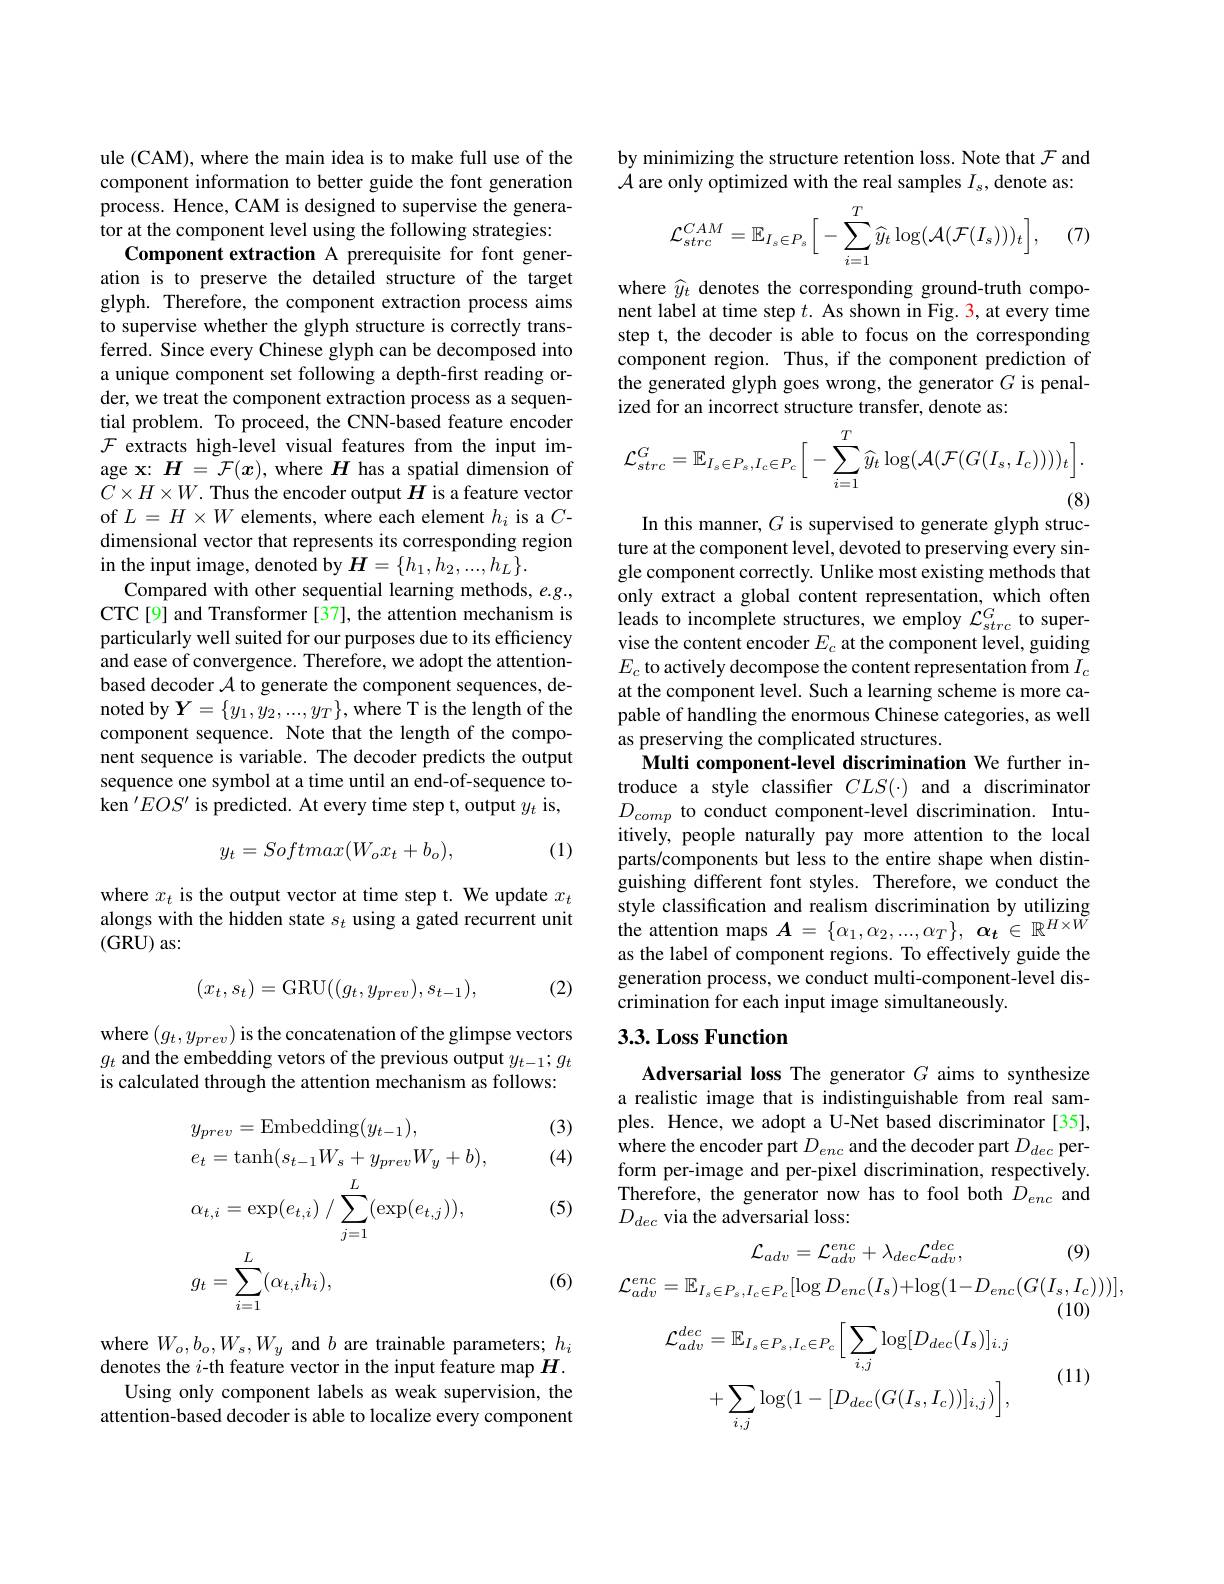
ule (CAM), where the main idea is to make full use of the component information to better guide the font generation process. Hence, CAM is designed to supervise the generator at the component level using the following strategies:
Component extraction A prerequisite for font generation is to preserve the detailed structure of the target glyph. Therefore, the component extraction process aims to supervise whether the glyph structure is correctly transferred. Since every Chinese glyph can be decomposed into a unique component set following a depth-first reading order, we treat the component extraction process as a sequential problem. To proceed, the CNN-based feature encoder $\mathcal{F}$ extracts high-level visual features from the input image x: $H=\tilde{\mathcal{F}}(x)$, where $H$ has a spatial dimension of $C\times H\times W.$ Thus the encoder output $H$ is a feature vector of $L=H\times W$ elements, where each element $h_i$ is a $C$- dimensional vector that represents its corresponding region in the input image, denoted by $\boldsymbol{H}=\{h_1,h_2,...,h_L\}.$
Compared with other sequential learning methods, e.g., CTC[9] and Transformer [37], the attention mechanism is particularly well suited for our purposes due to its efficiency and ease of convergence. Therefore, we adopt the attentionbased decoder $\mathcal{A}$ to generate the component sequences, denoted by $Y=\{y_1,y_2,...,y_T\}$,where T is the length of the component sequence. Note that the length of the component sequence is variable. The decoder predicts the output sequence one symbol at a time until an end-of-sequence token $^\prime EOS^{\prime}$ is predicted. At every time step t, output $y_t$ is,
(1)
$$y_t=Softmax(W_ox_t+b_o),$$
where $x_t$ is the output vector at time step t. We update $x_t$ alongs with the hidden state $s_t$ using a gated recurrent unit (GRU) as:

(2)
$$(x_t,s_t)=\mathrm{GRU}((g_t,y_{prev}),s_{t-1}),$$
where $(g_t,y_{prev})$ is the concatenation of the glimpse vectors $g_t$ and the embedding vetors of the previous output $y_t-1;g_t$ is calculated through the attention mechanism as follows:

(3) (4)

(5)
$$\begin{aligned}&y_{prev}=\mathrm{Embedding}(y_{t-1}),\\&e_{t}=\mathrm{tanh}(s_{t-1}W_{s}+y_{prev}W_{y}+b),\\&\alpha_{t,i}=\exp(e_{t,i})\:/\:\sum_{j=1}^{L}(\exp(e_{t,j})),\\&g_{t}=\sum_{i=1}^{L}(\alpha_{t,i}h_{i}),\end{aligned}$$
(6)

where $W_o,b_o,W_s,W_y$ and $b$ are trainable parameters; $h_i$ denotes the $i$-th feature vector in the input feature map $H.$
Using only component labels as weak supervision, the attention-based decoder is able to localize every component

by minimizing the structure retention loss. Note that $\mathcal{F}$ and $\mathcal{A}$ are only optimized with the real samples $I_s$,denote as:
$$\mathcal{L}_{strc}^{CAM}=\mathbb{E}_{I_{s}\in P_{s}}\bigg[-\sum_{i=1}^{T}\widehat{y}_{t}\log(\mathcal{A}(\mathcal{F}(I_{s})))_{t}\bigg],$$
(7)

where $\widehat{y}_t$ denotes the corresponding ground-truth component label at time step $t.$ As shown in Fig. 3, at every time step t, the decoder is able to focus on the corresponding component region. Thus, if the component prediction of the generated glyph goes wrong, the generator $G$ is penalized for an incorrect structure transfer, denote as:
$$\mathcal{L}_{strc}^{G}=\mathbb{E}_{I_{s}\in P_{s},I_{c}\in P_{c}}\bigg[-\sum_{i=1}^{T}\widehat{y}_{t}\log(\mathcal{A}(\mathcal{F}(G(I_{s},I_{c}))))_{t}\bigg].$$
In this manner, $G$ is supervised to generate glyph structure at the component level, devoted to preserving every single component correctly. Unlike most existing methods that only extract a global content representation, which often leads to incomplete structures, we employ $\mathcal{L}_strc^G$ to supervise the content encoder $E_c$ at the component level, guiding $E_c$ to actively decompose the content representation from $I_c$ at the component level. Such a learning scheme is more capable of handling the enormous Chinese categories, as well as preserving the complicated structures.
Multi component-level discrimination We further introduce a style classifter $CLS(\cdot)$ and a discriminator $D_{comp}$ to conduct component-level discrimination. Intuitively, people naturally pay more attention to the local parts/components but less to the entire shape when distinguishing different font styles. Therefore, we conduct the style classification and realism discrimination by utilizing the attention maps $A= \{ \alpha _1, \alpha _2, . . . , \alpha _T\} $, $\alpha _t\in \mathbb{R} ^{H\times \tilde{W} }$ as the label of component regions. To effectively guide the generation process, we conduct multi-component-level discrimination for each input image simultaneously.

## 3.3. Loss Function

Adversarial loss The generator $G$ aims to synthesize a realistic image that is indistinguishable from real samples. Hence, we adopt a U-Net based discriminator [35], where the encoder part $D_{enc}$ and the decoder part $D_dec$ perform per-image and per-pixel discrimination, respectively. Therefore, the generator now has to fool both $D_{enc}$ and $D_{dec}$ via the adversarial loss:

(9)
$$\mathcal{L}_{adv}=\mathcal{L}_{adv}^{enc}+\lambda_{dec}\mathcal{L}_{adv}^{dec},$$
$$\mathcal{L}_{adv}^{enc}=\mathbb{E}_{I_{s}\in P_{s},I_{c}\in P_{c}}[\log D_{enc}(I_{s})+\log(1-D_{enc}(G(I_{s},I_{c})))],$$
(10)
$$\mathcal{L}_{adv}^{dec}=\mathbb{E}_{I_s\in P_s,I_c\in P_c}\Big[\sum_{i,j}\log[D_{dec}(I_s)]_{i.j}$$
$$+\sum_{i,j}\log(1-[D_{dec}(G(I_s,I_c))]_{i,j})\Big],$$
(11)